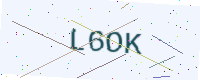
Text: L6OK